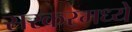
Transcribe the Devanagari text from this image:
सरकरमध्ये